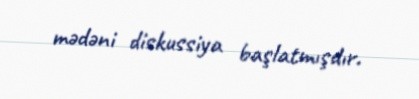
mədəni diskussiya başlatmışdır.